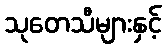
သုတေသီများနှင့်